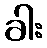
ခါး